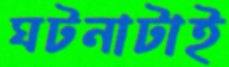
ঘটনাটাই